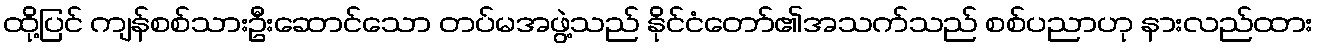
ထို့ပြင် ကျန်စစ်သားဦးဆောင်သော တပ်မအဖွဲ့သည် နိုင်ငံတော်၏အသက်သည် စစ်ပညာဟု နားလည်ထား